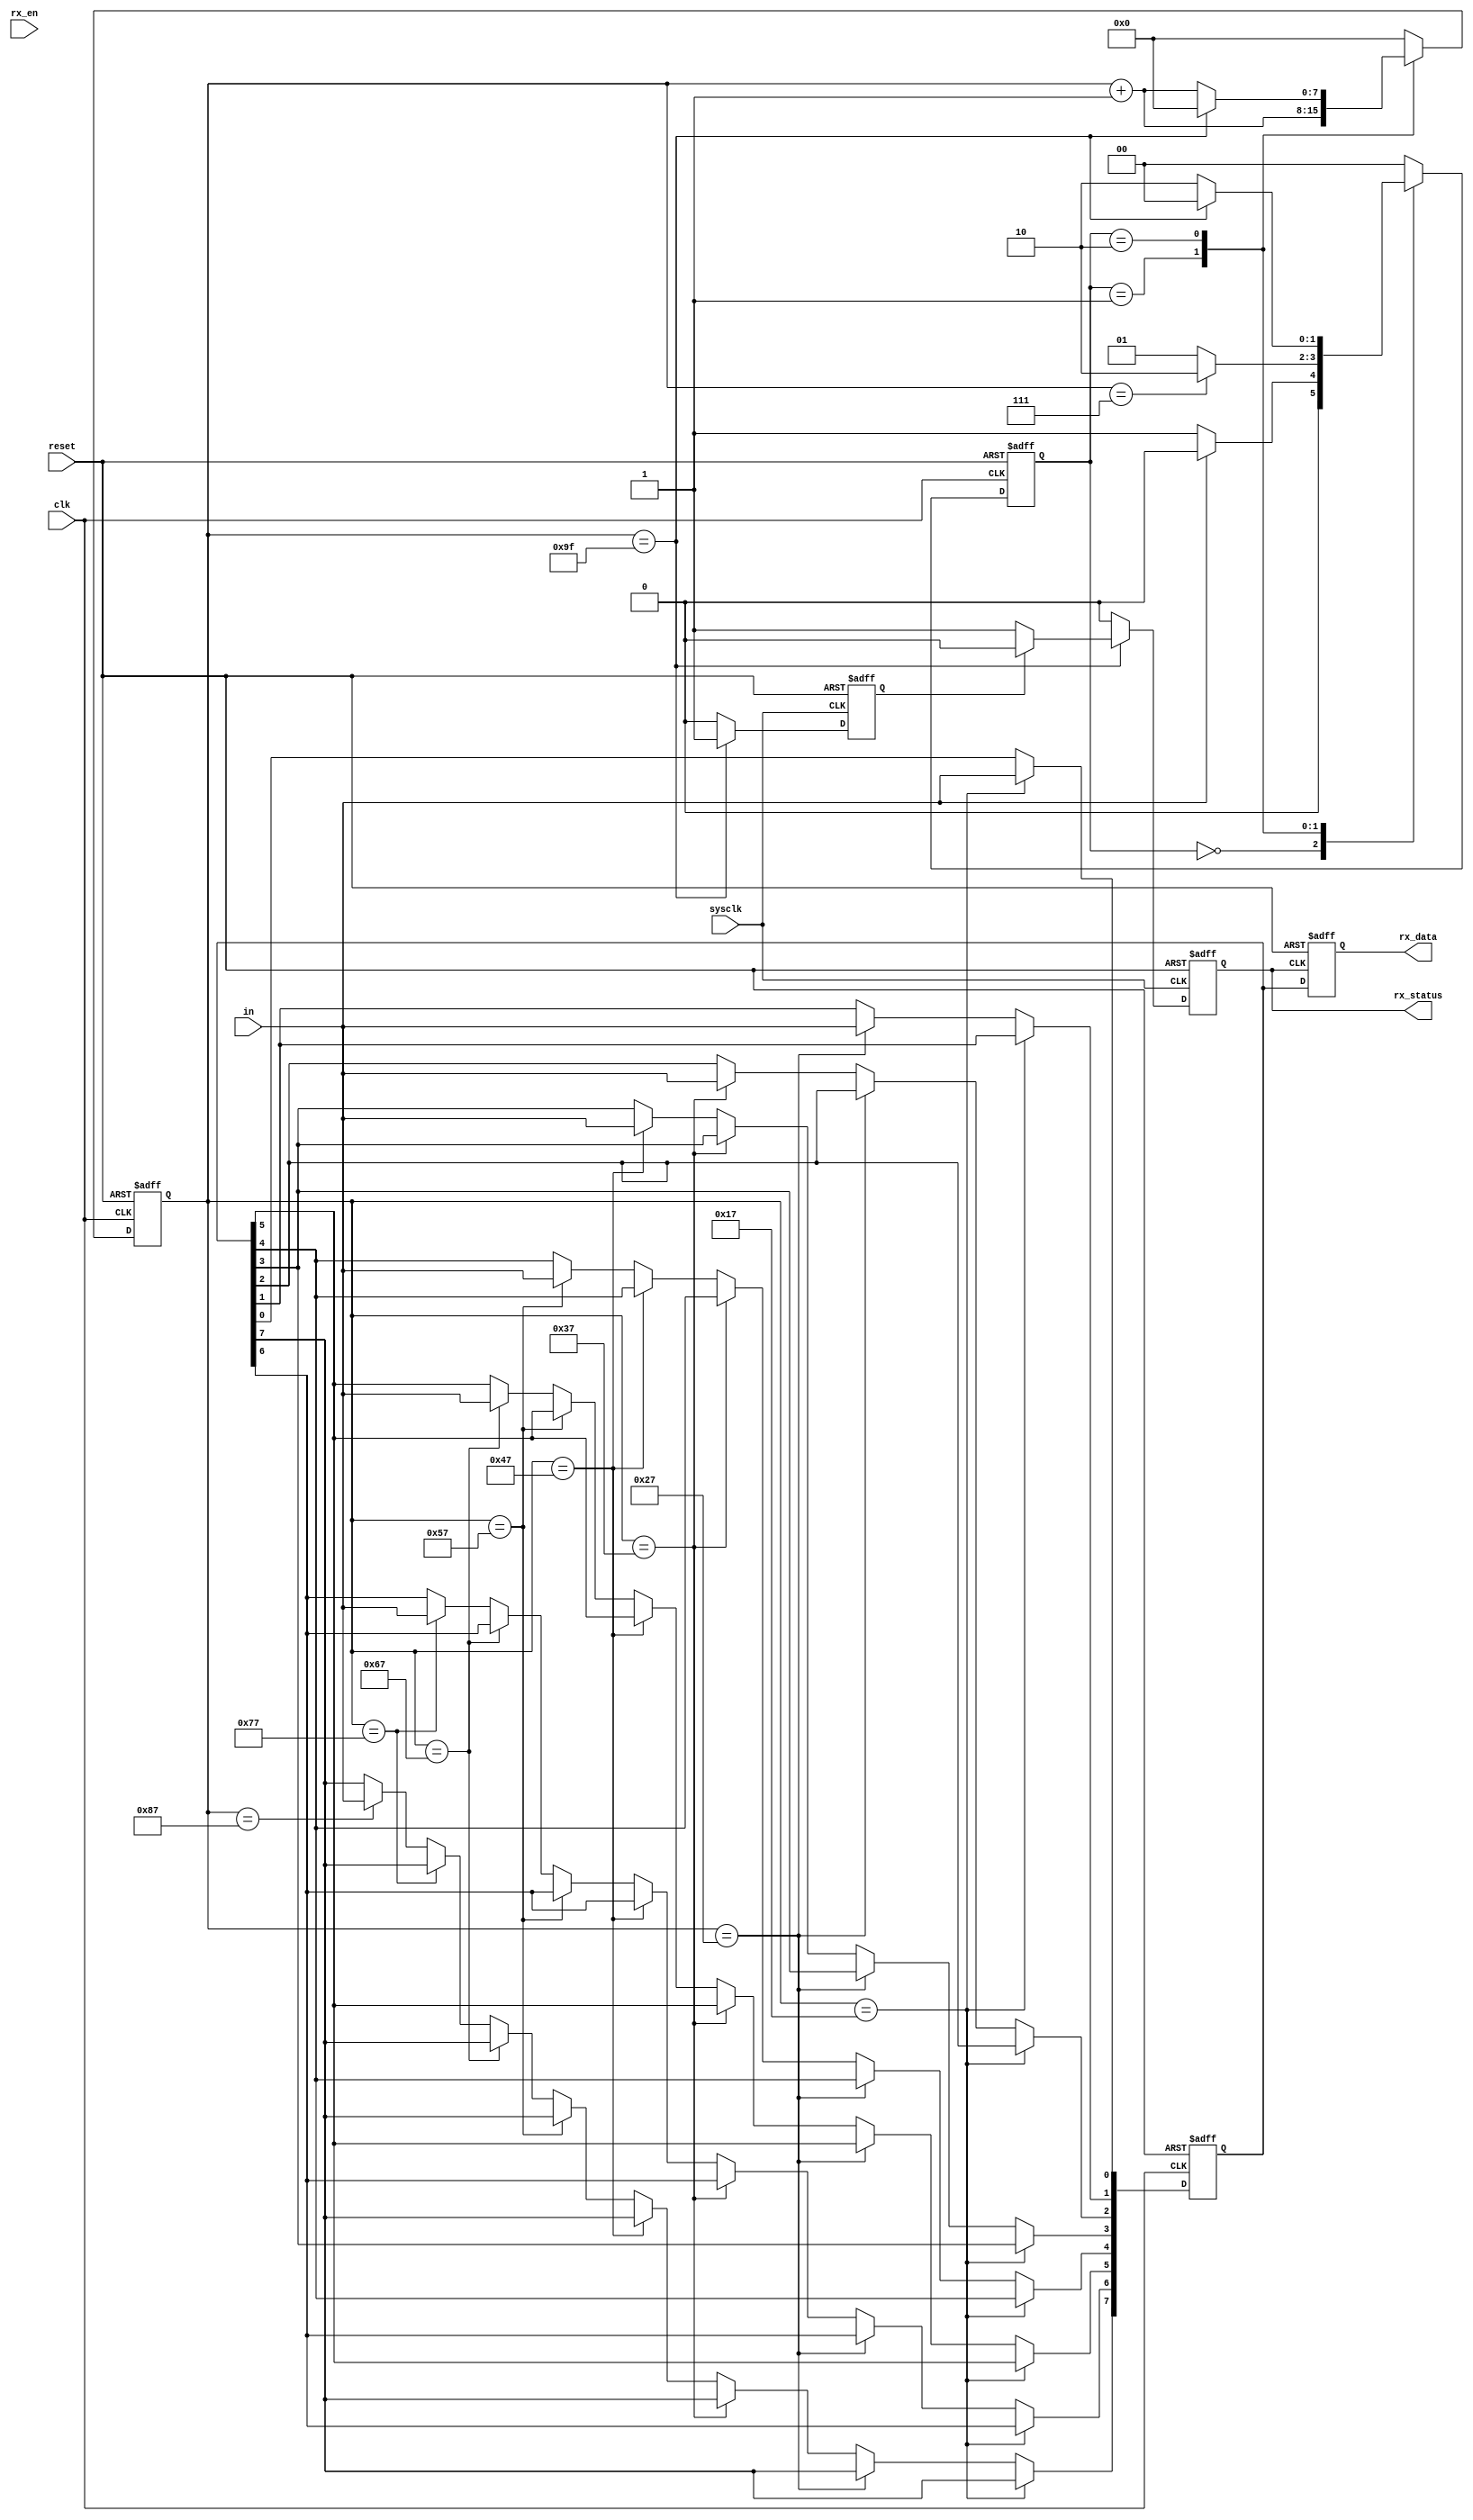
module receive (sysclk,clk,reset,in,rx_data,rx_status,rx_en);

	input 				sysclk,clk,reset,in,rx_en;
	output	reg	[7:0]	rx_data;
	output	reg			rx_status;	
			reg	[1:0]	n_state,state;
			reg [7:0]	n_count,count,temp_data;
			reg 		rx_ctl;

	initial
	begin
		rx_data <= 8'd0;
		rx_status <= 0;
		n_count <= 8'd0;
		n_state <=0;
		temp_data <= 8'd0;
		count <= 8'd0;
		state <=0;
		rx_ctl <= 0;
	end 

	always @(posedge sysclk or negedge reset ) 
	begin 
		if(~reset) 
		begin
			rx_ctl <= 0;
			rx_status <= 0;
		end 
		else 
		begin
			if(count == 8'd159)
			begin
				if(rx_ctl == 0)
				begin
					rx_status <= 1;
					rx_ctl <= 1;
				end
				else
					rx_status <= 0;
			end
			else
			begin
				rx_ctl <= 0;
				rx_status <=0;
			end
		end
	end

	always @(posedge clk or negedge reset) 
	begin 
		if(~reset) begin
			temp_data <= 8'd0;
		end 
		else begin
			if(count == 8'd23)
				temp_data[0] <= in;
			else if(count == 8'd39)
				temp_data[1] <= in;
			else if(count == 8'd55)				
				temp_data[2] <= in;
			else if(count == 8'd71)				
				temp_data[3] <= in;
			else if(count == 8'd87)				
				temp_data[4] <= in;
			else if(count == 8'd103)				
				temp_data[5] <= in;
			else if(count == 8'd119)				
				temp_data[6] <= in;
			else if(count == 8'd135)				
				temp_data[7] <= in;
		end
	end

	always @(posedge clk or negedge reset) 
	begin 
		if(~reset) 
		begin
			count <=8'd0;
			state <=2'b00;
		end 
		else begin
			count <= n_count;
			state <= n_state;
		end
	end

	always @(*)
	begin
		case(state)
			2'b00:
			begin
				n_state = (in == 00) ? 2'b01:2'b00;
				n_count = 8'd0;
			end
			2'b01:
			begin
				if(count == 8'd7) 
				begin
					n_count = count + 8'd1;
					n_state = 2'b10;
				end
				else
				begin
					n_count = count + 8'd1;
					n_state = 2'b01;
				end
			end
			2'b10:
				begin
					n_count = (count == 8'd159) ? 8'd0:count + 8'd1;
					n_state = (count == 8'd159) ? 2'b00:2'b10;
				end
				default:
				begin
					n_state = 2'b00;
					n_count = 8'd0;
				end
			
		endcase 
	end

	always @(posedge rx_status or negedge reset)
	begin
		if(~reset)
		begin
			rx_data <= 8'd0;
		end
		else
		begin
			rx_data <= temp_data;
		end
	end

endmodule // receive